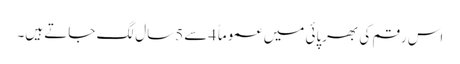
اس رقم کی بھرپائی میں عموماً 4سے 5سال لگ جاتے ہیں۔